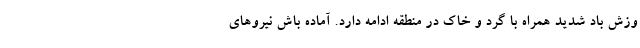
وزش باد شدید همراه با گرد و خاک در منطقه ادامه دارد. آماده باش نیروهای